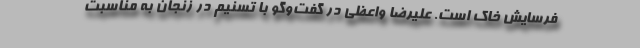
فرسایش خاک است. علیرضا واعظی در گفت‌و‌گو با تسنیم در زنجان به مناسبت